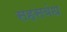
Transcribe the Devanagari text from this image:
सहसबंध